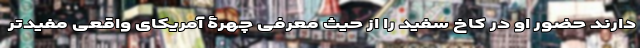
دارند حضور او در کاخ سفید را از حیث معرفی چهرۀ آمریکای واقعی مفیدتر